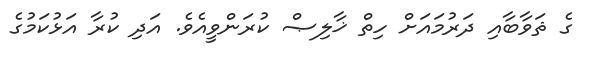
ގެ ޘަވާބާއި ދަރުމައަށް ހިތް ޚާލިޞް ކުރަންވީއެވެ. އަދި ކުރާ އަޅުކަމުގެ